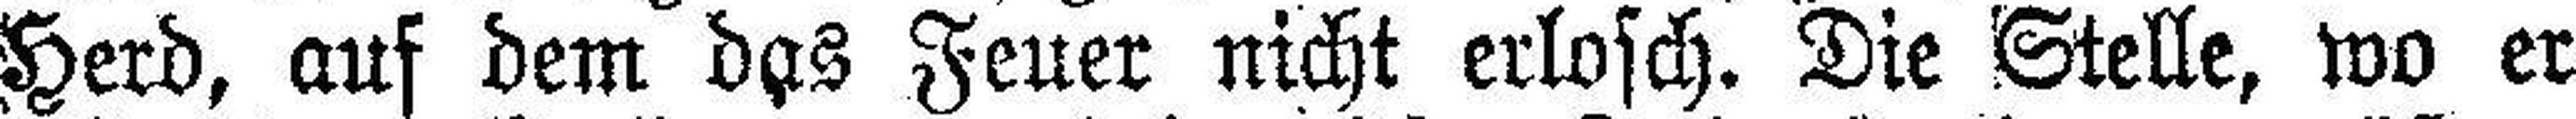
Herd, auf dem das Feuer nicht erlosch. Die Stelle, wo er